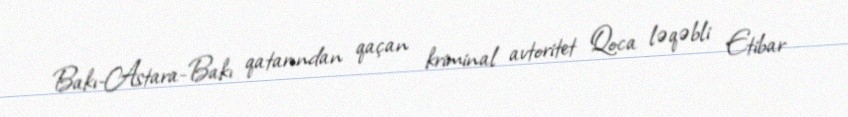
Bakı-Astara-Bakı qatarından qaçan kriminal avtoritet Qoca ləqəbli Etibar